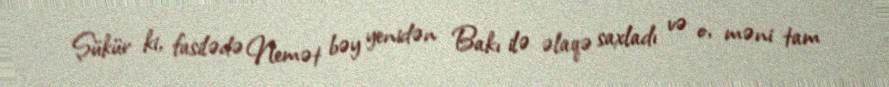
Şükür ki, fasilədə Nemət bəy yenidən Bakı ilə əlaqə saxladı və o, məni tam